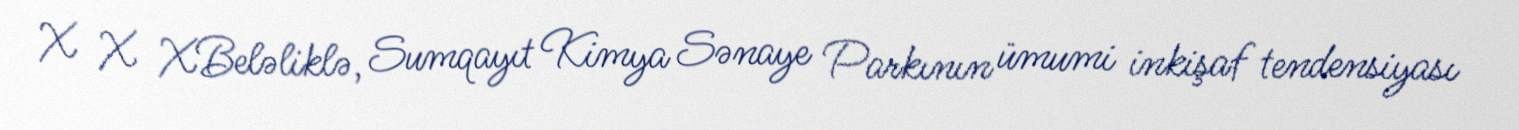
X X XBeləliklə, Sumqayıt Kimya Sənaye Parkının ümumi inkişaf tendensiyası